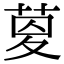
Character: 𦱟